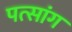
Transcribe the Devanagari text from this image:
पत्सांग